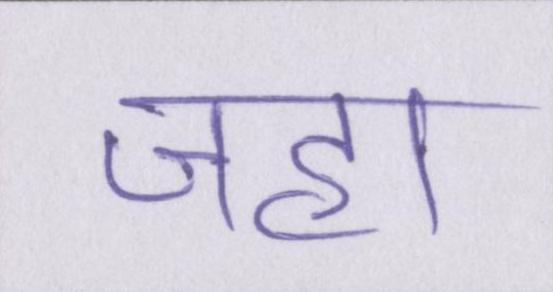
जहा